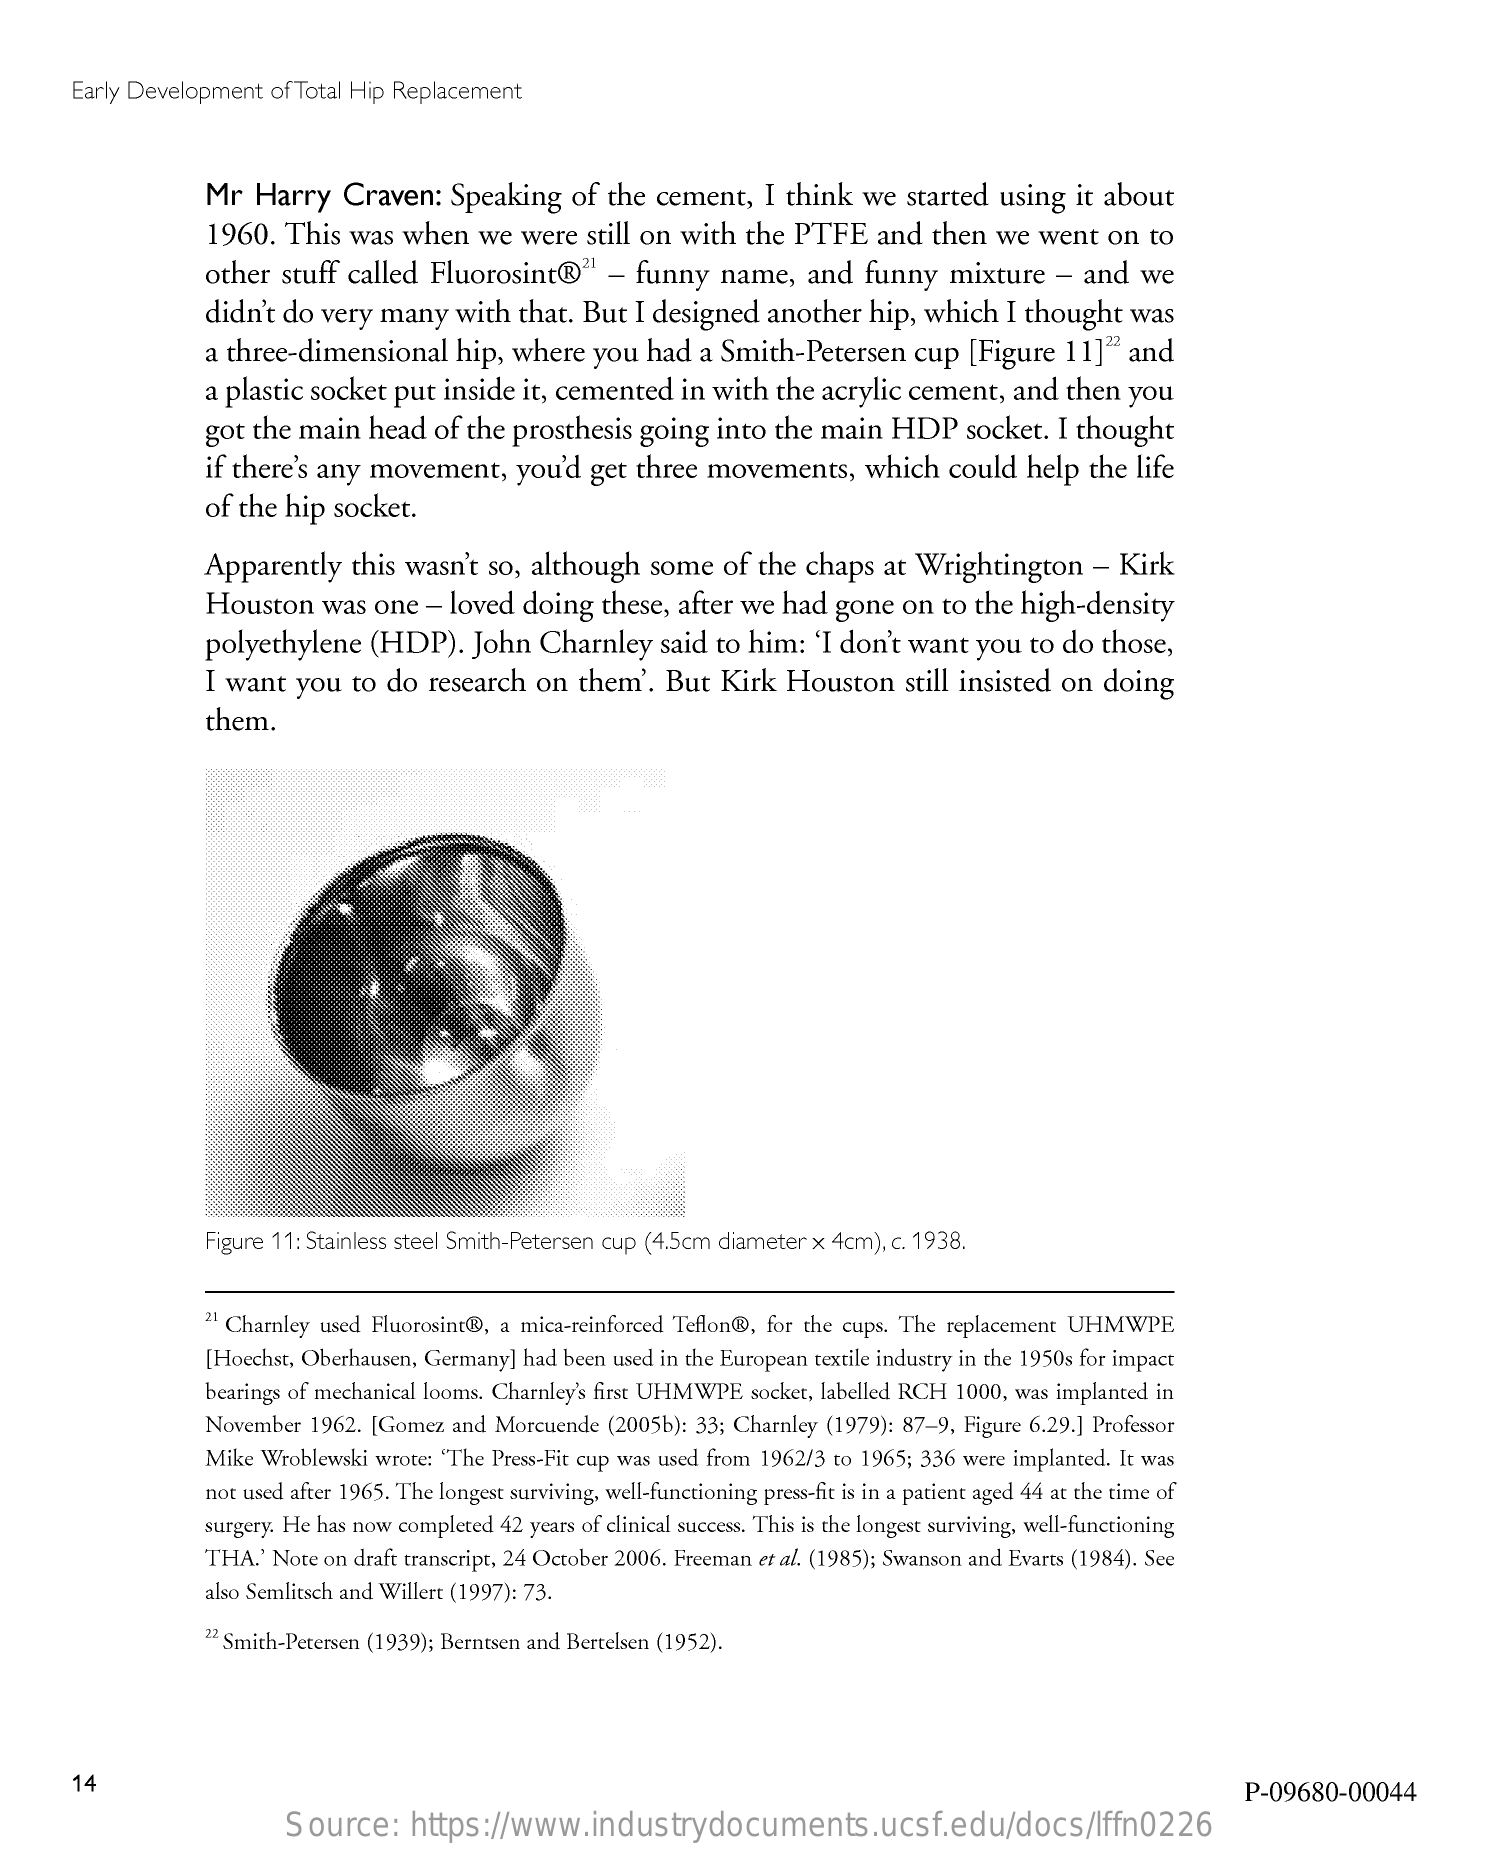
Early Development  of Total Hip Replacement
     Mr  Harry   Craven:    Speaking   of the  cement,   I think   we  started using   it about
     1960.  This  was  when   we  were   still on with the  PTFE    and  then  we  went   on  to
     other  stuff called Fluorosint®"    - funny   name,   and   funny   mixture   - and   we
     didn't do very  many   with  that. But  I designed   another  hip,  which  I thought   was
     a three-dimensional    hip, where   you  had  a Smith-Petersen    cup   [Figure  11]22 and
     a plastic socket put  inside it, cemented   in  with the  acrylic cement,   and  then  you
     got the main   head  of the prosthesis   going  into the  main  HDP    socket.  I thought
     if there's any movement,    you'd  get three  movements,    which   could  help  the life
     of  the hip  socket.
     Apparently   this wasn't  so, although   some   of  the chaps   at Wrightington    -  Kirk
     Houston   was  one  - loved  doing   these, after we  had  gone  on  to the  high-density
     polyethylene   (HDP).   John   Charnley   said  to him:  'I don't want  you  to do  those,
     I want  you  to  do research   on  them'.  But  Kirk  Houston    still insisted on doing
     them.
     Figure 11: Stainless steel Smith-Petersen cup (4.5cm diameter x 4cm), c. 1938.
     21 Charley used Fluorosint@, a mica-reinforced Teflon®, for the cups. The replacement UHMWPE
     [Hoechst, Oberhausen, Germany] had been used in the European textile industry in the 1950s for impact
     bearings of mechanical looms. Charnley's first UHMWPE socket, labelled RCH 1000, was implanted in
     November 1962. [Gomez  and Morcuende (2005b): 33; Charnley (1979): 87-9, Figure 6.29.] Professor
     Mike Wroblewski wrote: "The Press-Fit cup was used from 1962/3 to 1965; 336 were implanted. It was
     not used after 1965. The longest surviving, well-functioning press-fit is in a patient aged 44 at the time of
     surgery. He has now completed 42 years of clinical success. This is the longest surviving, well-functioning
     THA.' Note on draft transcript, 24 October 2006. Freeman et al. (1985); Swanson and Evarts (1984). See
     also Semlitsch and Willert (1997): 73.
     22 Smith-Petersen (1939); Berntsen and Bertelsen (1952).
     14    P-09680-00044
     Source:    https://www.industrydocuments.ucsf.edu/docs/lffn0226